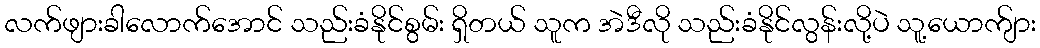
လက်ဖျားခါလောက်အောင် သည်းခံနိုင်စွမ်း ရှိတယ် သူက အဲဒီလို သည်းခံနိုင်လွန်းလို့ပဲ သူ့ယောက်ျား